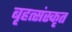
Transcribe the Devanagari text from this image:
बृहत्संस्कृत